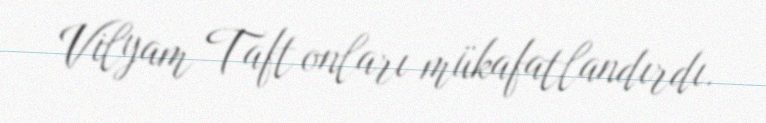
Vilyam Taft onları mükafatlandırdı.